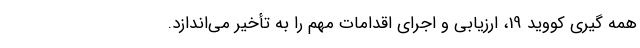
همه گیری کووید 19، ارزیابی و اجرای اقدامات مهم را به تأخیر می‌اندازد.